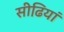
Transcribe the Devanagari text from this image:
सीढि़यां